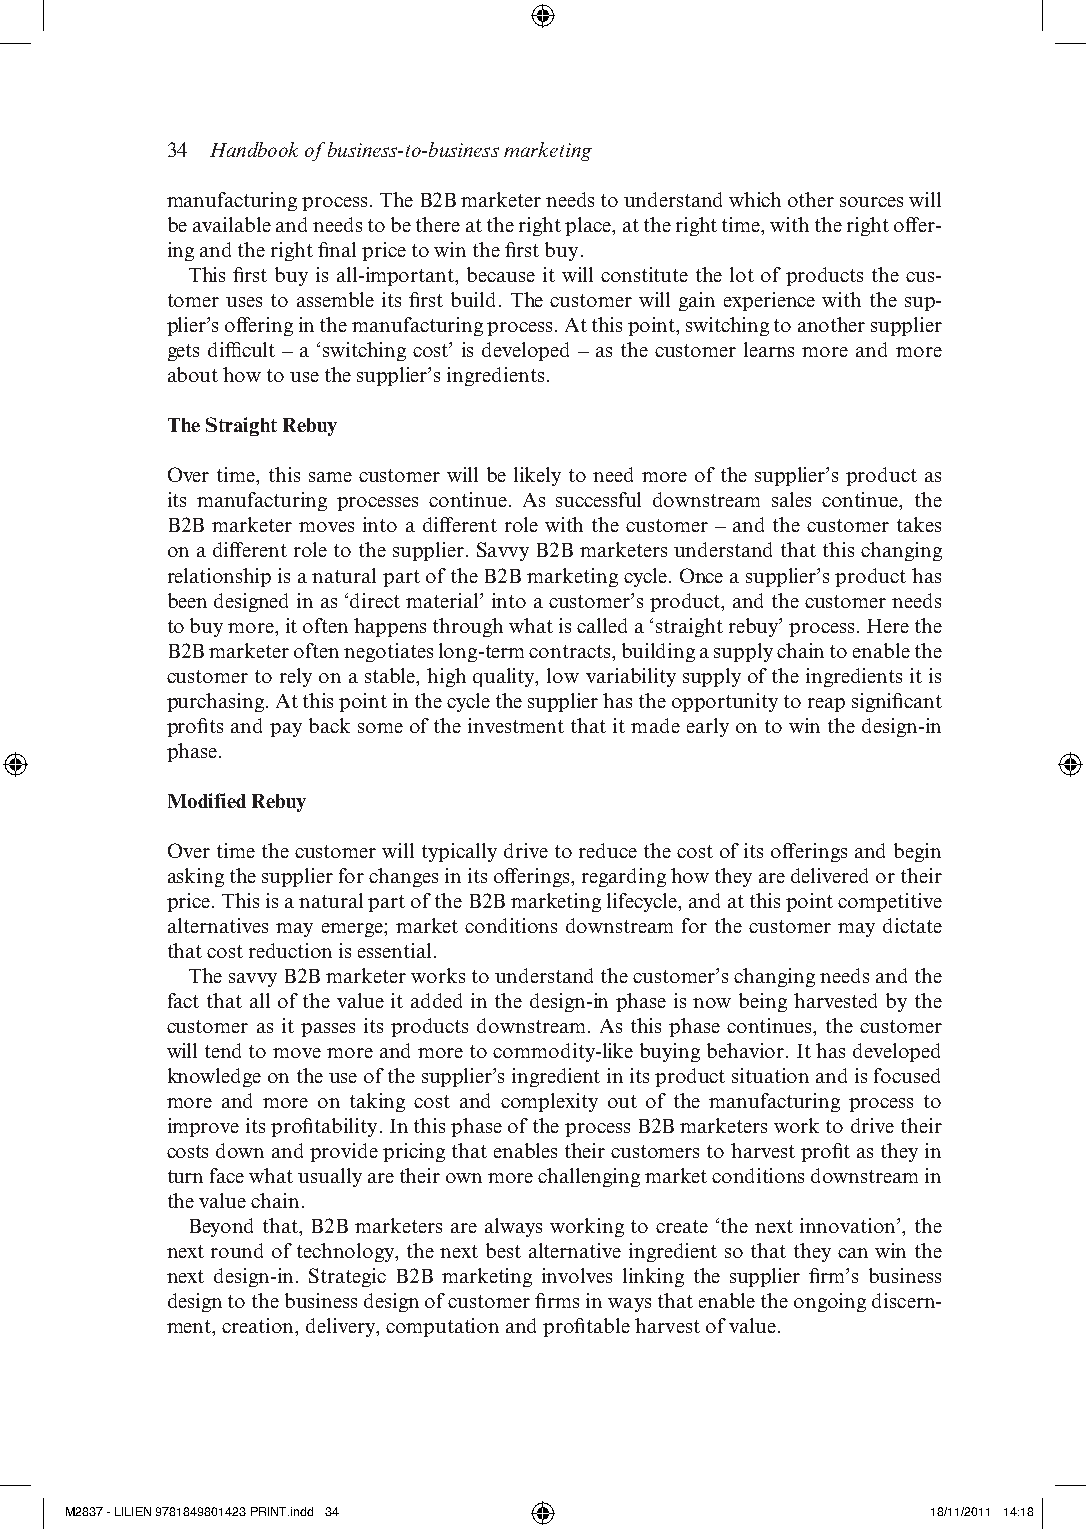
34 Handbook of business-to-business marketing
 manufacturing process. the b2b marketer needs to understand which other sources will
 be available and needs to be there at the right place, at the right time, with the right offer-
 ing and the right final price to win the first buy.
 this first buy is all- important, because it will constitute the lot of products the cus-
 tomer uses to assemble its first build. the customer will gain experience with the sup-
 plier’s offering in the manufacturing process. at this point, switching to another supplier
 gets difficult – a ‘switching cost’ is developed – as the customer learns more and more
 about how to use the supplier’s ingredients.
 The Straight Rebuy
 over time, this same customer will be likely to need more of the supplier’s product as
 its manufacturing processes continue. as successful downstream sales continue, the
 b2b marketer moves into a different role with the customer – and the customer takes
 on a different role to the supplier. savvy b2b marketers understand that this changing
 relationship is a natural part of the b2b marketing cycle. once a supplier’s product has
 been designed in as ‘direct material’ into a customer’s product, and the customer needs
 to buy more, it often happens through what is called a ‘straight rebuy’ process. Here the
 b2b marketer often negotiates long- term contracts, building a supply chain to enable the
 customer to rely on a stable, high quality, low variability supply of the ingredients it is
 purchasing. at this point in the cycle the supplier has the opportunity to reap significant
 profits and pay back some of the investment that it made early on to win the design- in
 phase.
 Modified Rebuy
 over time the customer will typically drive to reduce the cost of its offerings and begin
 asking the supplier for changes in its offerings, regarding how they are delivered or their
 price. this is a natural part of the b2b marketing lifecycle, and at this point competitive
 alternatives may emerge; market conditions downstream for the customer may dictate
 that cost reduction is essential.
 the savvy b2b marketer works to understand the customer’s changing needs and the
 fact that all of the value it added in the design- in phase is now being harvested by the
 customer as it passes its products downstream. as this phase continues, the customer
 will tend to move more and more to commodity- like buying behavior. it has developed
 knowledge on the use of the supplier’s ingredient in its product situation and is focused
 more and more on taking cost and complexity out of the manufacturing process to
 improve its profitability. in this phase of the process b2b marketers work to drive their
 costs down and provide pricing that enables their customers to harvest profit as they in
 turn face what usually are their own more challenging market conditions downstream in
 the value chain.
 beyond that, b2b marketers are always working to create ‘the next innovation’, the
 next round of technology, the next best alternative ingredient so that they can win the
 next design- in. strategic b2b marketing involves linking the supplier firm’s business
 design to the business design of customer firms in ways that enable the ongoing discern-
 ment, creation, delivery, computation and profitable harvest of value.
 M2837 - LILIEN 9781849801423 PRINT.indd 34                18/11/2011 14:18